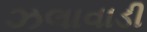
ઝલાવાડી